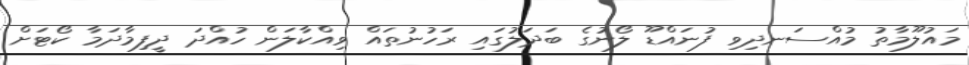
މައުލޫމާތު މުއްސަނދިވި ފުނައްޑޫ ލޯނުގެ ބަދަލުގައި ރަހުނުތައް ވިއްކާލަން ހުއްދަ ދީފިމާދަމާ ކޯޓަށް